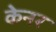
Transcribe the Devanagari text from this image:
केनर